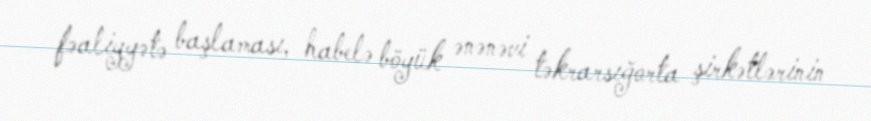
fəaliyyətə başlaması, habelə böyük ənənəvi təkrarsığorta şirkətlərinin